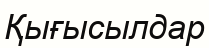
Қығысылдар